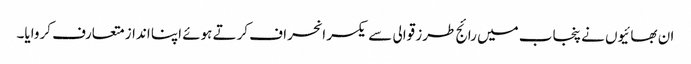
ان بھائیوں نے پنجاب میں رائج طرز قوالی سے یکسر انحراف کرتے ہوئے اپنا انداز متعارف کروایا۔